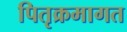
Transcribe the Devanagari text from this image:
पितृक्रमागत